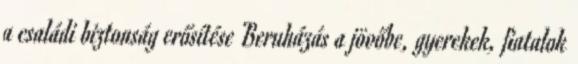
a családi biztonság erősítése Beruházás a jövőbe, gyerekek, fiatalok